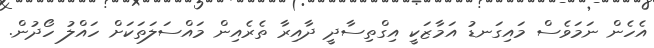
އެހެން ނަމަވެސް މައިގަނޑު އަމާޒަކީ އިގްތިސާދީ ދާއިރާ ތެރެއިން މައްސަލަތަކަށް ހައްލު ހޯދުން.